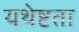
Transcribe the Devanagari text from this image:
यथेष्टता